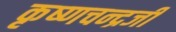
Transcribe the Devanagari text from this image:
कृष्‍णचन्‍द्रजी